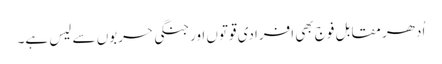
اُدھر مقابل فوج بھی افرادی قوتوں اورجنگی حربوں سے لیس ہے۔